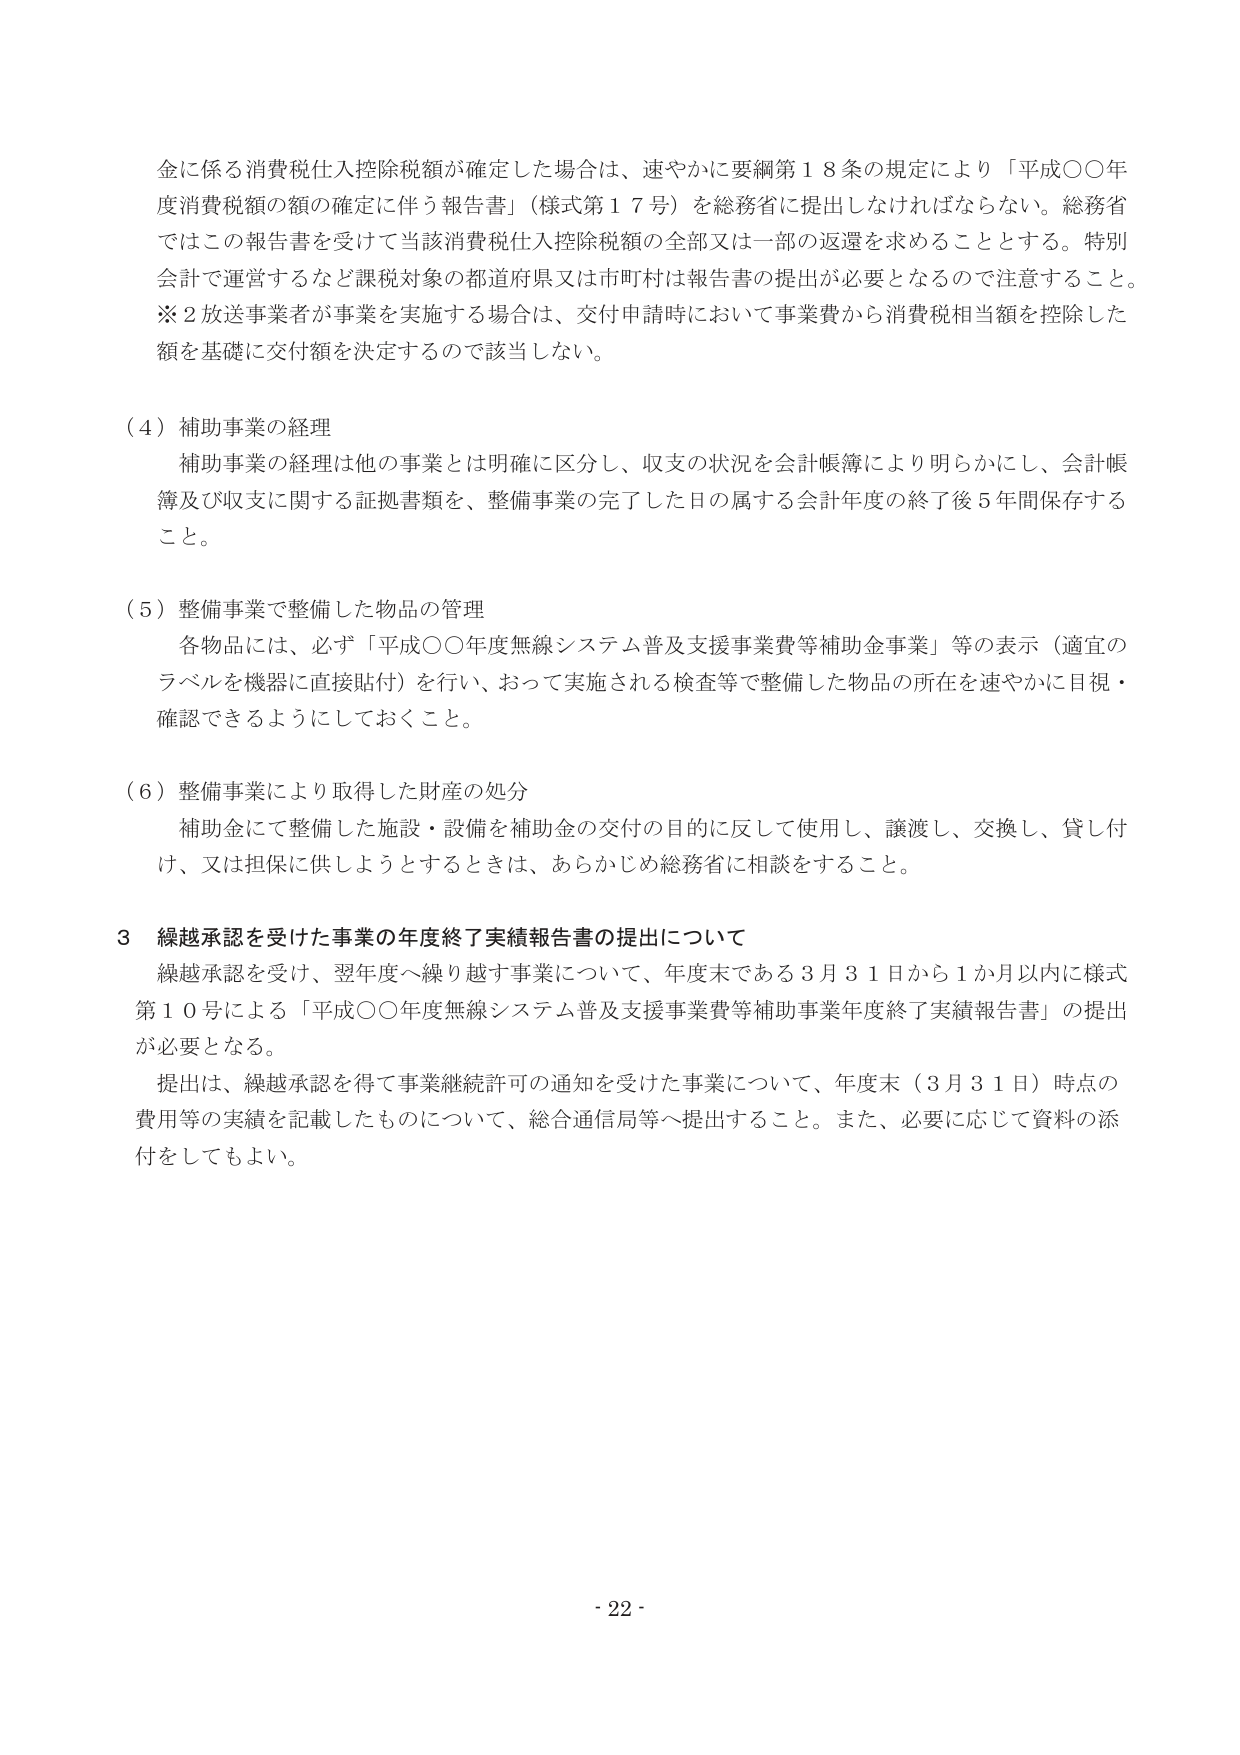
金に係る消費税仕入控除税額が確定した場合は、速やかに要綱第１８条の規定により「平成〇〇年度消費税額の額の確定に伴う報告書」（様式第１７号）を総務省に提出しなければならない。総務省ではこの報告書を受けて当該消費税仕入控除税額の全部又は一部の返還を求めることとする。特別会計で運営するなど課税対象の都道府県又は市町村は報告書の提出が必要となるので注意すること。
※２放送事業者が事業を実施する場合は、交付申請時において事業費から消費税相当額を控除した額を基礎に交付額を決定するので該当しない。

（４）補助事業の経理
　補助事業の経理は他の事業とは明確に区分し、収支の状況を会計帳簿により明らかにし、会計帳簿及び収支に関する証拠書類を、整備事業の完了した日の属する会計年度の終了後５年間保存すること。

（５）整備事業で整備した物品の管理
　各物品には、必ず「平成〇〇年度無線システム普及支援事業費等補助金事業」等の表示（適宜のラベルを機器に直接貼付）を行い、おって実施される検査等で整備した物品の所在を速やかに目視・確認できるようにしておくこと。

（６）整備事業により取得した財産の処分
　補助金にて整備した施設・設備を補助金の交付の目的に反して使用し、譲渡し、交換し、貸し付け、又は担保に供しようとするときは、あらかじめ総務省に相談をすること。

３ 繰越承認を受けた事業の年度終了実績報告書の提出について
　繰越承認を受け、翌年度へ繰り越す事業について、年度末である３月３１日から１か月以内に様式第１０号による「平成〇〇年度無線システム普及支援事業費等補助事業年度終了実績報告書」の提出が必要となる。
　提出は、繰越承認を得て事業継続許可の通知を受けた事業について、年度末（３月３１日）時点の費用等の実績を記載したものについて、総合通信局等へ提出すること。また、必要に応じて資料の添付をしててもよい。

- 22 -